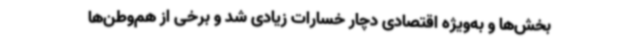
بخش‌ها و به‌ویژه اقتصادی دچار خسارات زیادی شد و برخی از هم‌وطن‌ها